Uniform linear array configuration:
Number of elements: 8
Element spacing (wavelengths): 0.5
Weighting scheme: exponential
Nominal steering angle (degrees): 15
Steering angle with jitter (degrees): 15.483
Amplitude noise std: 0.05
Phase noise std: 0.05

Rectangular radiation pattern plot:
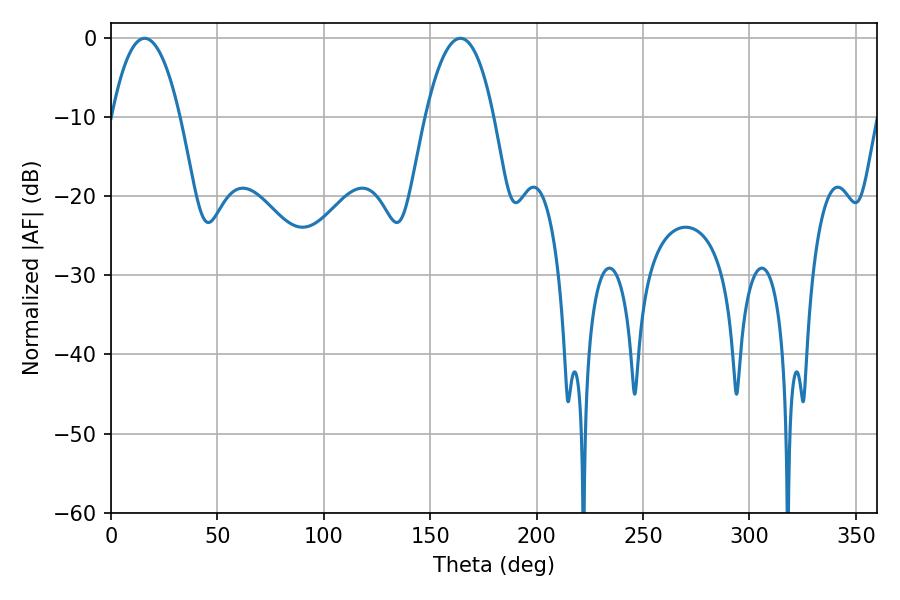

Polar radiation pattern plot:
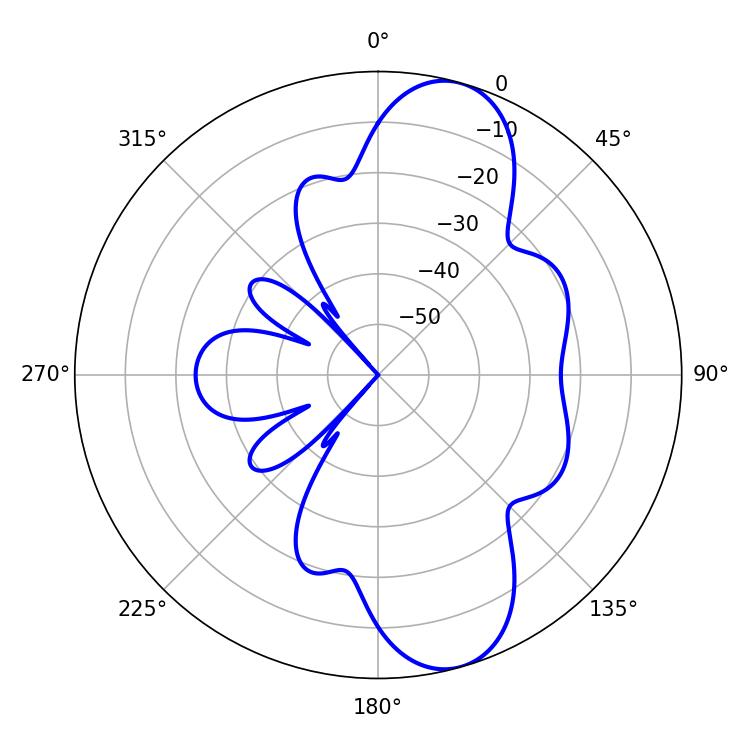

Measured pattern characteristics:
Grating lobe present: FALSE
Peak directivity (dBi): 10.207
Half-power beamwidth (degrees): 17.82
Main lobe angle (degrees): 15.84